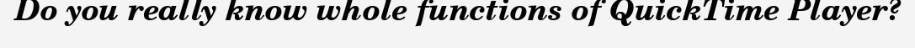
Do you really know whole functions of QuickTime Player?